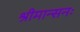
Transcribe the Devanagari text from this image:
श्रीमान्सनः